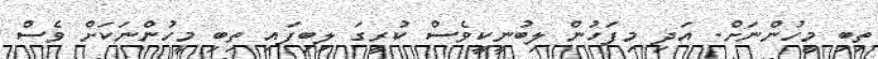
ތިބި މީހުންނަށް. އަދި މިފަހުން ލިބުނީކީވެސް ކުރީގަ ލިބިފައި ތިބި މީހުންނަކަށް ވެސް